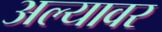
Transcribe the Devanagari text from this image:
अल्यावर